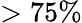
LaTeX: >75\%